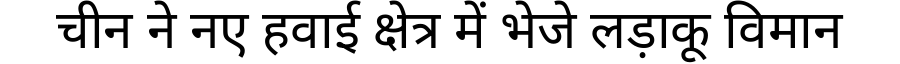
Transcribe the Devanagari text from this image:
चीन ने नए हवाई क्षेत्र में भेजे लड़ाकू विमान